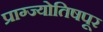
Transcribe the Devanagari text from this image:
प्राग्ज्योतिषपूर